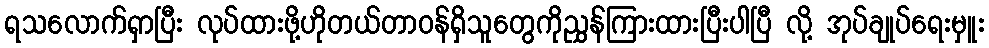
ရသလောက်ရှာပြီး လုပ်ထားဖို့ဟိုတယ်တာဝန်ရှိသူတွေကိုညွှန်ကြားထားပြီးပါပြီ လို့ အုပ်ချုပ်ရေးမှူး